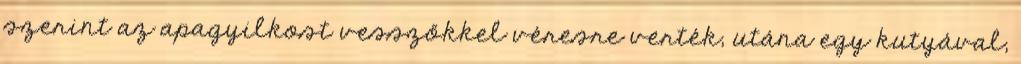
szerint az apagyilkost vesszőkkel véresre verték, utána egy kutyával,